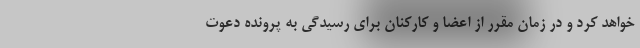
خواهد کرد و در زمان مقرر از اعضا و کارکنان برای رسیدگی به پرونده دعوت